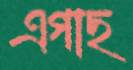
এগাছ